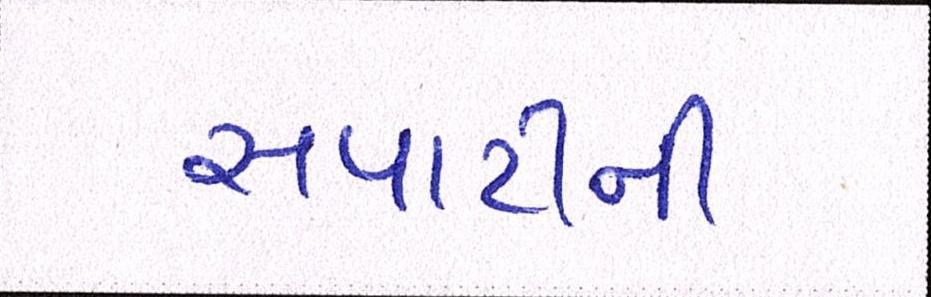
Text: સપાટીની